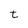
Character: t